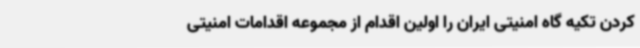
کردن تکیه گاه امنیتی ایران را اولین اقدام از مجموعه اقدامات امنیتی